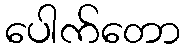
ပေါက်တော